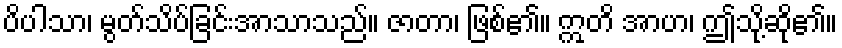
ပိပါသာ၊ မွတ်သိပ်ခြင်းအာသာသည်။ ဇာတာ၊ ဖြစ်၏။ ဣတိ အာဟ၊ ဤသို့ဆို၏။